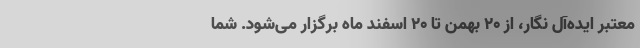
معتبر ایده‌آل نگار، از 20 بهمن تا 20 اسفند ماه برگزار می‌شود. شما